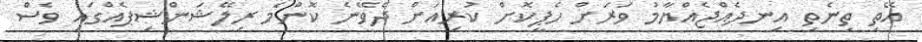
އޭތި ތިނެތި އިނދެއްޖެއްޔާމު ވަރަށް ހެޕީކޮށް ކުރިއަށް ދެވޭނެ ކޮންމެ ރިލޭޝަންޝިޕެއްގައި ވެސް